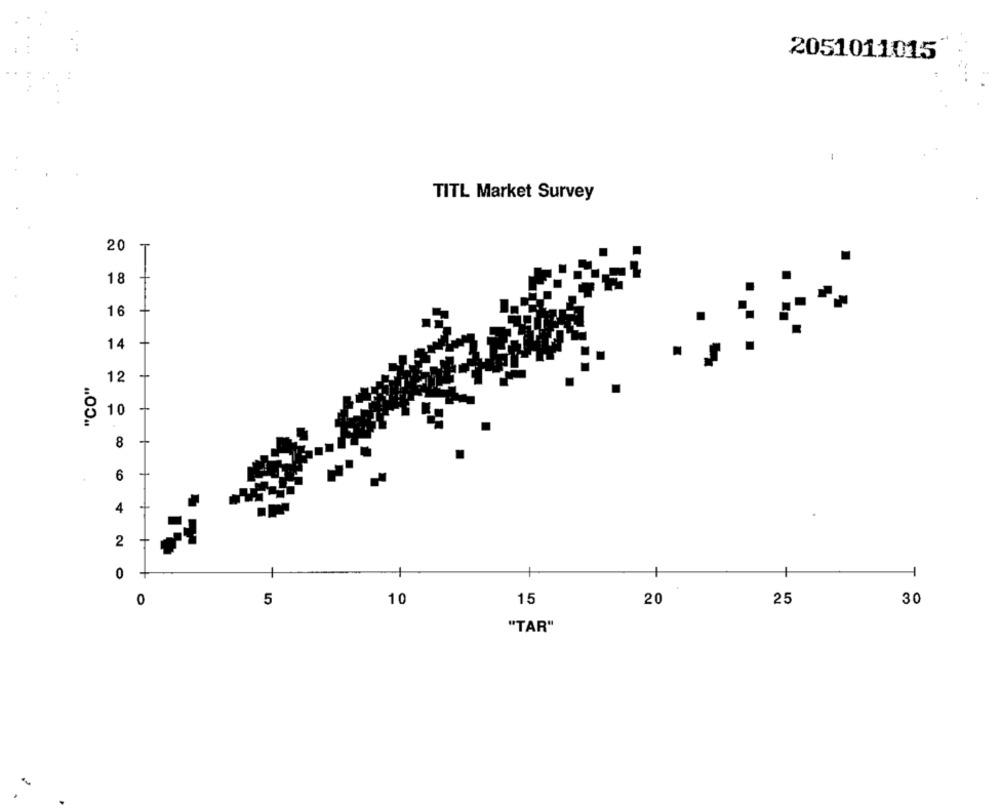
2051011015
TITL Market Survey
20
18
16
14
"CO"
12
10
8
6
4
2
0
10
15
0
5
20
25
30
"TAR"